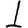
Digit: 1